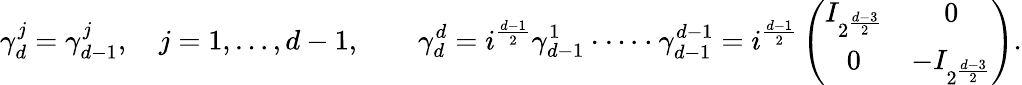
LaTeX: \gamma_{d}^{j}=\gamma_{d-1}^{j},\quad j=1,\dots,d-1,\qquad\gamma_{d}^{d}=i^{\frac{d-1}2}\gamma_{d-1}^{1}\cdot\dots\cdot\gamma_{d-1}^{d-1}=i^{\frac{d-1}2}\left(\begin{array}{cc}{I_{2^{\frac{d-3}2}}}&{0}\\ {0}&{-I_{2^{\frac{d-{3}}2}}}\end{array}\right).